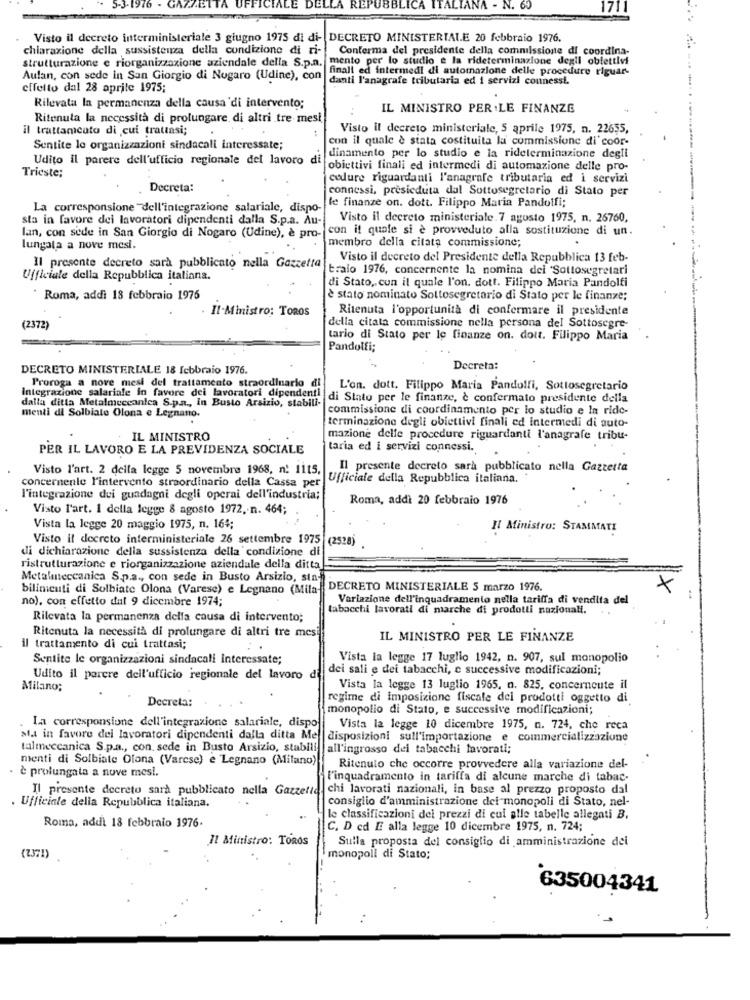
LE L
5-3-1976
N. 60
1711
Visto il decreto interministeriale 3 giugno 1975 di di- DECRETO MINISTERIALE 20 febbraio 1976.
chiarazione della sussistenza della condizione di ti-
Conferma del presidente della commissione di coordina-
strutturazione e riorganizzazione aziendale della S.p.a.
mento per lo studio e la rideterminazione degli obiettivi
finali ed intermedi di automazione delle procedure riguar-
Aulan, con sede in San Giorgio di Nogaro (Udine), con
danti l'anagrafe tributaria ed i servizi connessi.
effetto dal 28 aprile 1975;
Rilevata la permanenza della causa di intervento;
IL MINISTRO PER .LE FINANZE
Ritenuta la necessità di prolungare di altri tre mesi
il trattamcato di cui trattasi;
Visto il decreto ministeriale, 5 aprile 1975, n. 22655,
con il quale è stata costituita la commissione di'coor-
Sentite le organizzazioni sindacali interessate;
dinamento per lo studio e la rideterminazione degli
Udito il parere dell'ufficio regionale del lavoro di
Trieste:
obiettivi finali ed intermedi di automazione delle pro-
codure riguardanti l'anagrafe tributaria ed i servizi
Decreta:
connessi, presieduta dal Sottosegretario di Stato per
La corresponsione dell'integrazione salariale, dispo-
le finanze on. dott. Filippo Maria Pandolfi;
sta in favore dei lavoratori dipendenti dalla S.p.a. Au-
Visto il decreto ministeriale.7 agosto 1975, n. 26760,
con it quale si è provveduto alla sostituzione di un.
lan, con sede in San Giorgio di Nogaro (Udine), è pro-
membro della citata commissione;
lungala a nove mesi.
Visto il decreto del Presidente della Repubblica 13 feb-
Il presente decreto sarà pubblicato nella Gazzetta
traio 1976, concernente la nomina dei 'Sottosegretari
Ufficiale della Repubblica italiana.
di Stato, cun il quale l'on. dott. Filippo Maria Pandolfi
Roma, addì 18 febbraio 1976
è stato nominato Sottosegretario di Stato per le finanze;
Ritenuta l'opportunità di confermare il presidente
Il-Ministro: TOROS
(2372)
della citata commissione nella persona del Sottosegre-
tario di Stato per le finanze on. dott. Filippo Maria
Pandolfi;
DECRETO MINISTERIALE 18 febbraio 1976.
Decreta:
Proroga a nove mesi del trattamento straordinario di
L'on. dott. Filippo Maria Pandolfi, Sottosegretario
Integrazione salariale In favore dei lavoratori dipendenti di Stato per le finanze, è confermato presidente della
dalla ditta Metalmeccanica S.p.a ., In Busto Arsizio, stabili-
commissione di coordinamento per lo studio e In ride-
menti di Solbiate Olona e Legnano.
terminazione degli obiettivi finali ed intermedi di auto-
IL MINISTRO
mazione delle procedure riguardanti l'anagrafe tribu-
PER IL LAVORO E LA PREVIDENZA SOCIALE
taria ed i servizi connessi.
Visto l'art. 2 della legge 5 novembre 1968, n: 1115,
Il presente decreto sarà pubblicato nella Gazzetta
concernente l'intervento straordinario della Cassa per
Ufficiale della Repubblica italiana.
l'integrazione dui guadagni degli operai dell'industria;
Roma, addì 20 febbraio 1976
Visto l'art. 1 della legge 8 agosto 1972. n. 464;
Vista la legge 20 maggio 1975, n. 164;
Il Ministro: STAMMATI
Visto il decreto interministeriale 26 settembre 1975
(2528)
di dichiarazione della sussistenza della condizione di
ristrutturazione e riorganizzazione aziendale della ditta
Metalmeccanica S.p.a ., con sede in Busto Arsizio, sin-
bilincuti di Solbiate Olona (Varese) e Legnano (Mila-
DECRETO MINISTERIALE S marzo 1976.
×
no), con effetto dat 9 dicembre 1974;
Variazione dell'inquadramento nella tariffa di vendita del
tabacchi lavorati di marche di prodotti nazionali.
Rilevata la permanenza della causa di intervento;
Ritenuta la necessità di prolungare di altri tre mesi
IL MINISTRO PER LE FINANZE
il trattamento di cui trattasi;
..
Sentite le organizzazioni sindacali interessate;
Vista la legge 17 luglio 1942, n. 907, sul monopolio
dei sali e dei tabacchi, e successive modificazioni;
Udito il parere dell'ufficio regionale del lavoro d
Milano;
Vista la legge 13 luglio 1965, n. 825, concerncute il
Decreta:
regime di Imposizione fiscale dei prodotti oggetto di
monopolio di Stato, e successive modificazioni;
La corresponsione dell'integrazione salariale, dispo
Vista la legge 10 dicembre 1975, n. 724, che reca
sta in favore dei lavoratori dipendenti dalla ditta Mel
disposizioni sull'importazione e commercializzazione
talmeccanica S.p.a ., con sede in Busto Arsizio, stabili all'ingrosso dei tabacchi lavorati;
menti di Solbiate Olona (Varese) e Legnano (Milano)
Ritenuto che occorre provvedere alla variazione del-
è prolungata a nove mesi.
l'inquadramento in tariffa di alcune marche di tabac-
Il presente decreto sarà pubblicato nella Gazzetta, chi lavorati nazionali, in base al prezzo proposto dal
consiglio d'amministrazione dei monopoli di Stato, nel-
Ufficiale della Repubblica italiana.
le classificazioni dei prezzi di cui alle tabelle allegati B.
Roma, addi 18 febbraio 1976.
C. D ed E alla legge 10 dicembre 1975, n. 724;
Il Ministro: Tonos
Sulla proposta del consiglio di amministrazione dei
(2371)
monopoli di Stato;
635004341